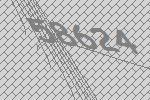
58624